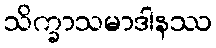
သိက္ခာသမာဒါနဿ